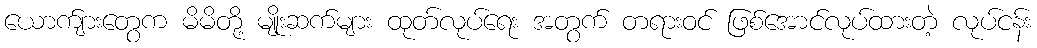
ယောက်ျားတွေက မိမိတို့ မျိုးဆက်များ ထုတ်လုပ်ရေး အတွက် တရားဝင် ဖြစ်အောင်လုပ်ထားတဲ့ လုပ်ငန်း